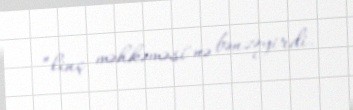
”linç məhkəməsi"nə bənzəyirdi.